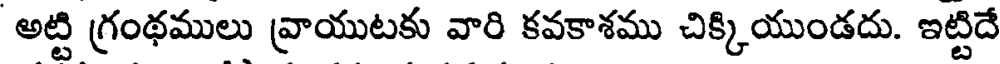
అట్టి గ్రంథములు వ్రాయుటకు వారి కవకాశము చిక్కియుండదు. ఇట్టిదే